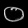
Digit: ၀